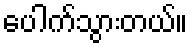
ပေါက်သွားတယ်။